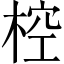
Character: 椌